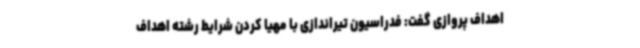
اهداف پروازی گفت: فدراسیون تیراندازی با مهیا کردن شرایط رشته اهداف